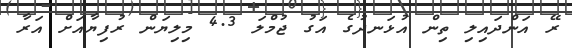
ރޭ އަންދައިލި ތިން އުޅަނދުގެ އަގު ޖުމްލަ 4.3 މިލިޔަން ރުފިޔާއަށް އަރާ